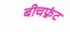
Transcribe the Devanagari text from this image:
बीचफ़्रंट